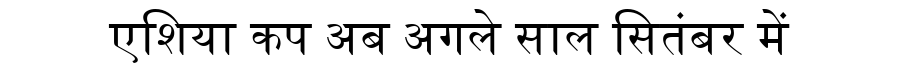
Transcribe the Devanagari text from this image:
एशिया कप अब अगले साल सितंबर में